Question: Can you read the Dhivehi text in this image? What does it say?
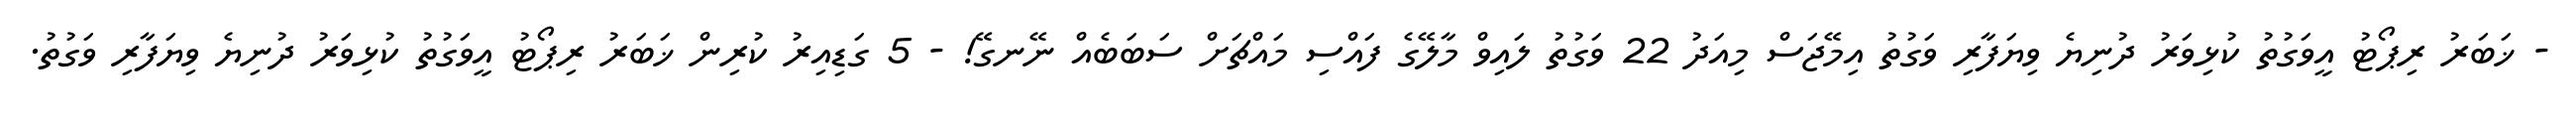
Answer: - ޚަބަރު ރިޕޯޓު އީވަގުތު ކުޅިވަރު ދުނިޔެ ވިޔަފާރި ވަގުތު އިމޭޖަސް މިއަދު 22 ވަގުތު ލައިވް މާލޭގެ ފައްސި މައްޗަށް ސަބަބެއް ނޭނގޭ! - 5 ގަޑިއިރު ކުރިން ޚަބަރު ރިޕޯޓު އީވަގުތު ކުޅިވަރު ދުނިޔެ ވިޔަފާރި ވަގުތު.